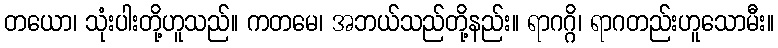
တယော၊ သုံးပါးတို့ဟူသည်။ ကတမေ၊ အဘယ်သည်တို့နည်း။ ရာဂဂ္ဂိ၊ ရာဂတည်းဟူသောမီး။